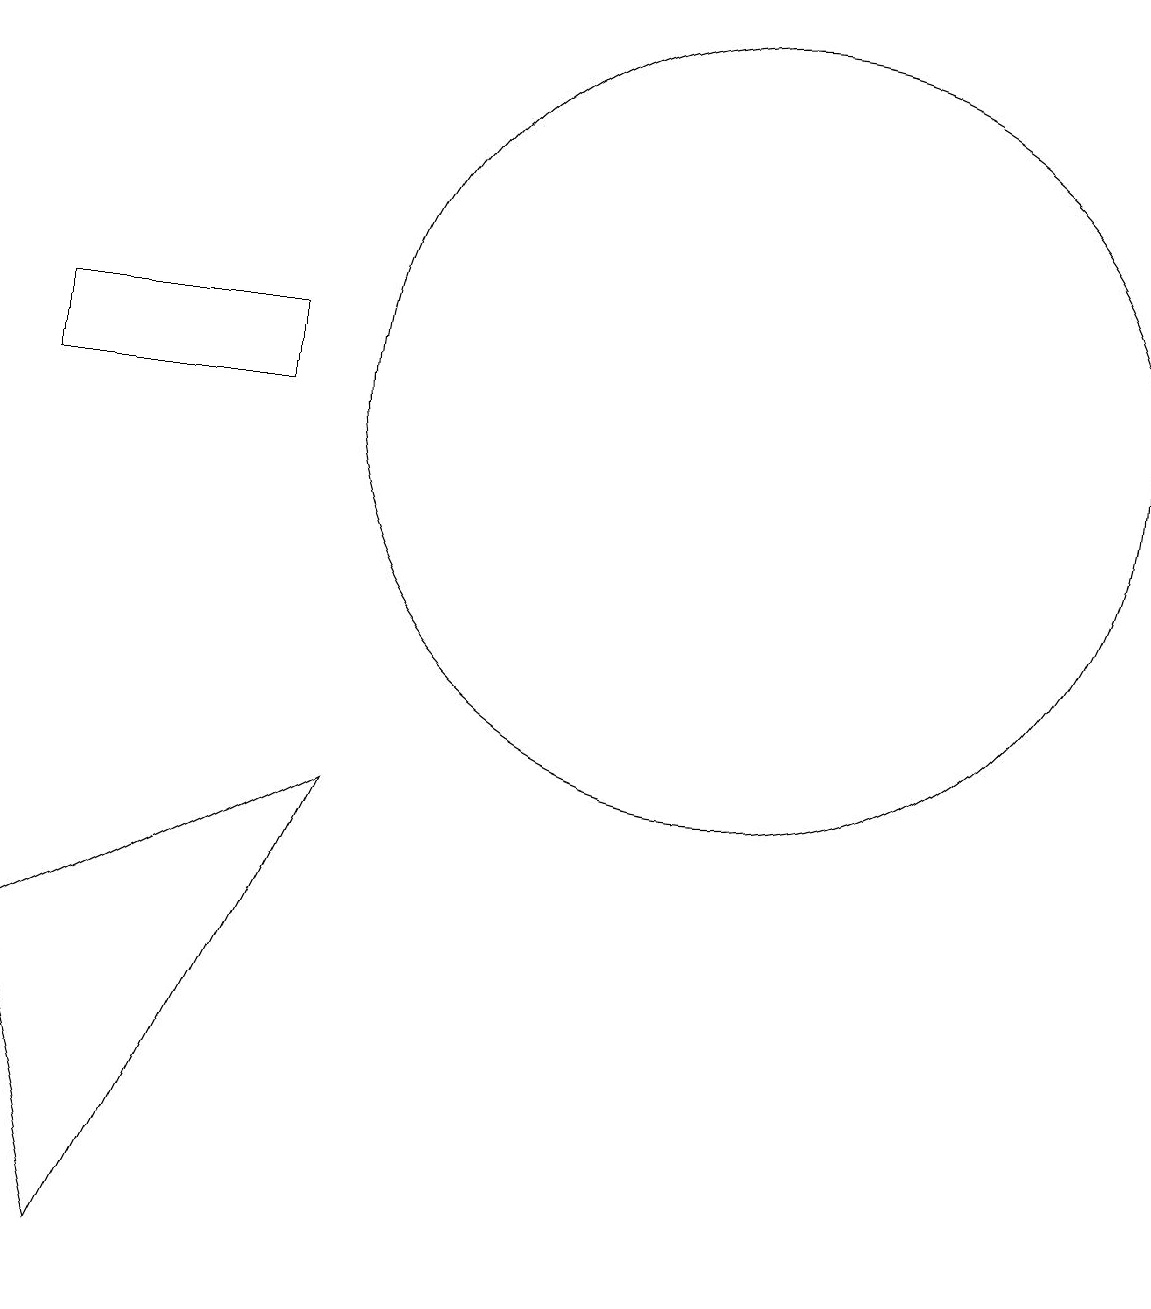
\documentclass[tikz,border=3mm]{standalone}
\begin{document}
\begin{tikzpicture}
\draw (10,11) circle (5);
\draw (1,4) -- (5,6) -- (2,0) -- cycle;
\draw (1,12) rectangle (4,11);
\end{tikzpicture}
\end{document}